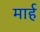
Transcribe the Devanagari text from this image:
मार्ह